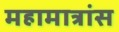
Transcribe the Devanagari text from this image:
महामात्रांस